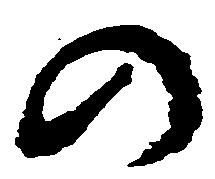
の